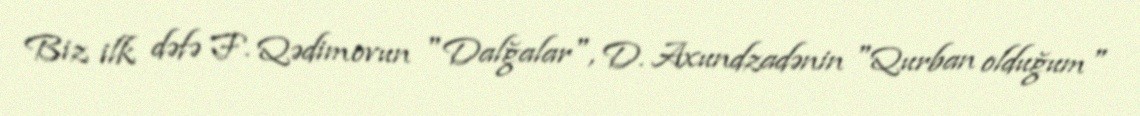
Biz ilk dəfə F. Qədimovun "Dalğalar", D. Axundzadənin "Qurban olduğum"